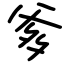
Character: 爹